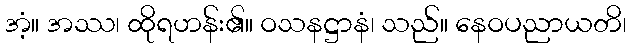
အံ့။ အဿ၊ ထိုရဟန်း၏။ ဝသနဋ္ဌာနံ၊ သည်။ နေဝပညာယတိ၊